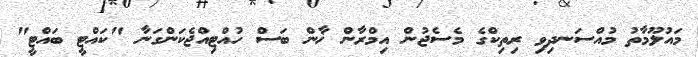
މައުލޫމާތު މުއްސަނދިވި ރިތިކްގެ މެސެޖުން އިމްރާން ޚާން ބަސް ހުއްޓިއްޖެކަންގަނާ "ކައްޓީ ބައްޓީ"